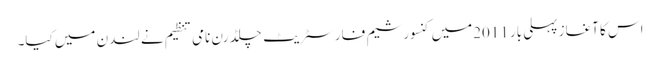
اس کا آغاز پہلی بار 2011میں کنسورشیم فار سٹریٹ چلڈرن نامی تنظیم نے لندن میں کیا۔